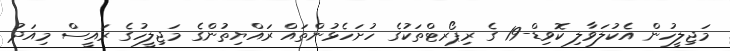
މަޖިލީހުން އެކުލަވާލި ކޮވިޑް-19 ގެ ރިޕޯރޓްތަކުގެ ހުށަހެޅުންތައް ރައްޔިތުންގެ މަޖިލީހުގެ ރައީސް މިއަދު